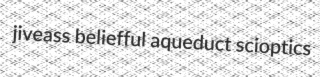
jiveass beliefful aqueduct scioptics